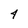
Character: 4